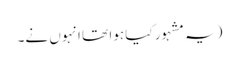
(یہ مشہور کیا ہوا تھا انہوں نے۔